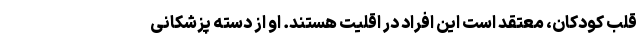
قلب کودکان، معتقد است این افراد در اقلیت هستند. او از دسته پزشکانی